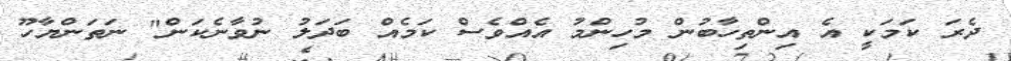
ދެރަ ކަމަކީ އެ އިންތިހާބުން މުހިންމު އެއްވެސް ކަމެއް ބަދަލު ނުވާނެކަން" ނަތަންޔާހޫ